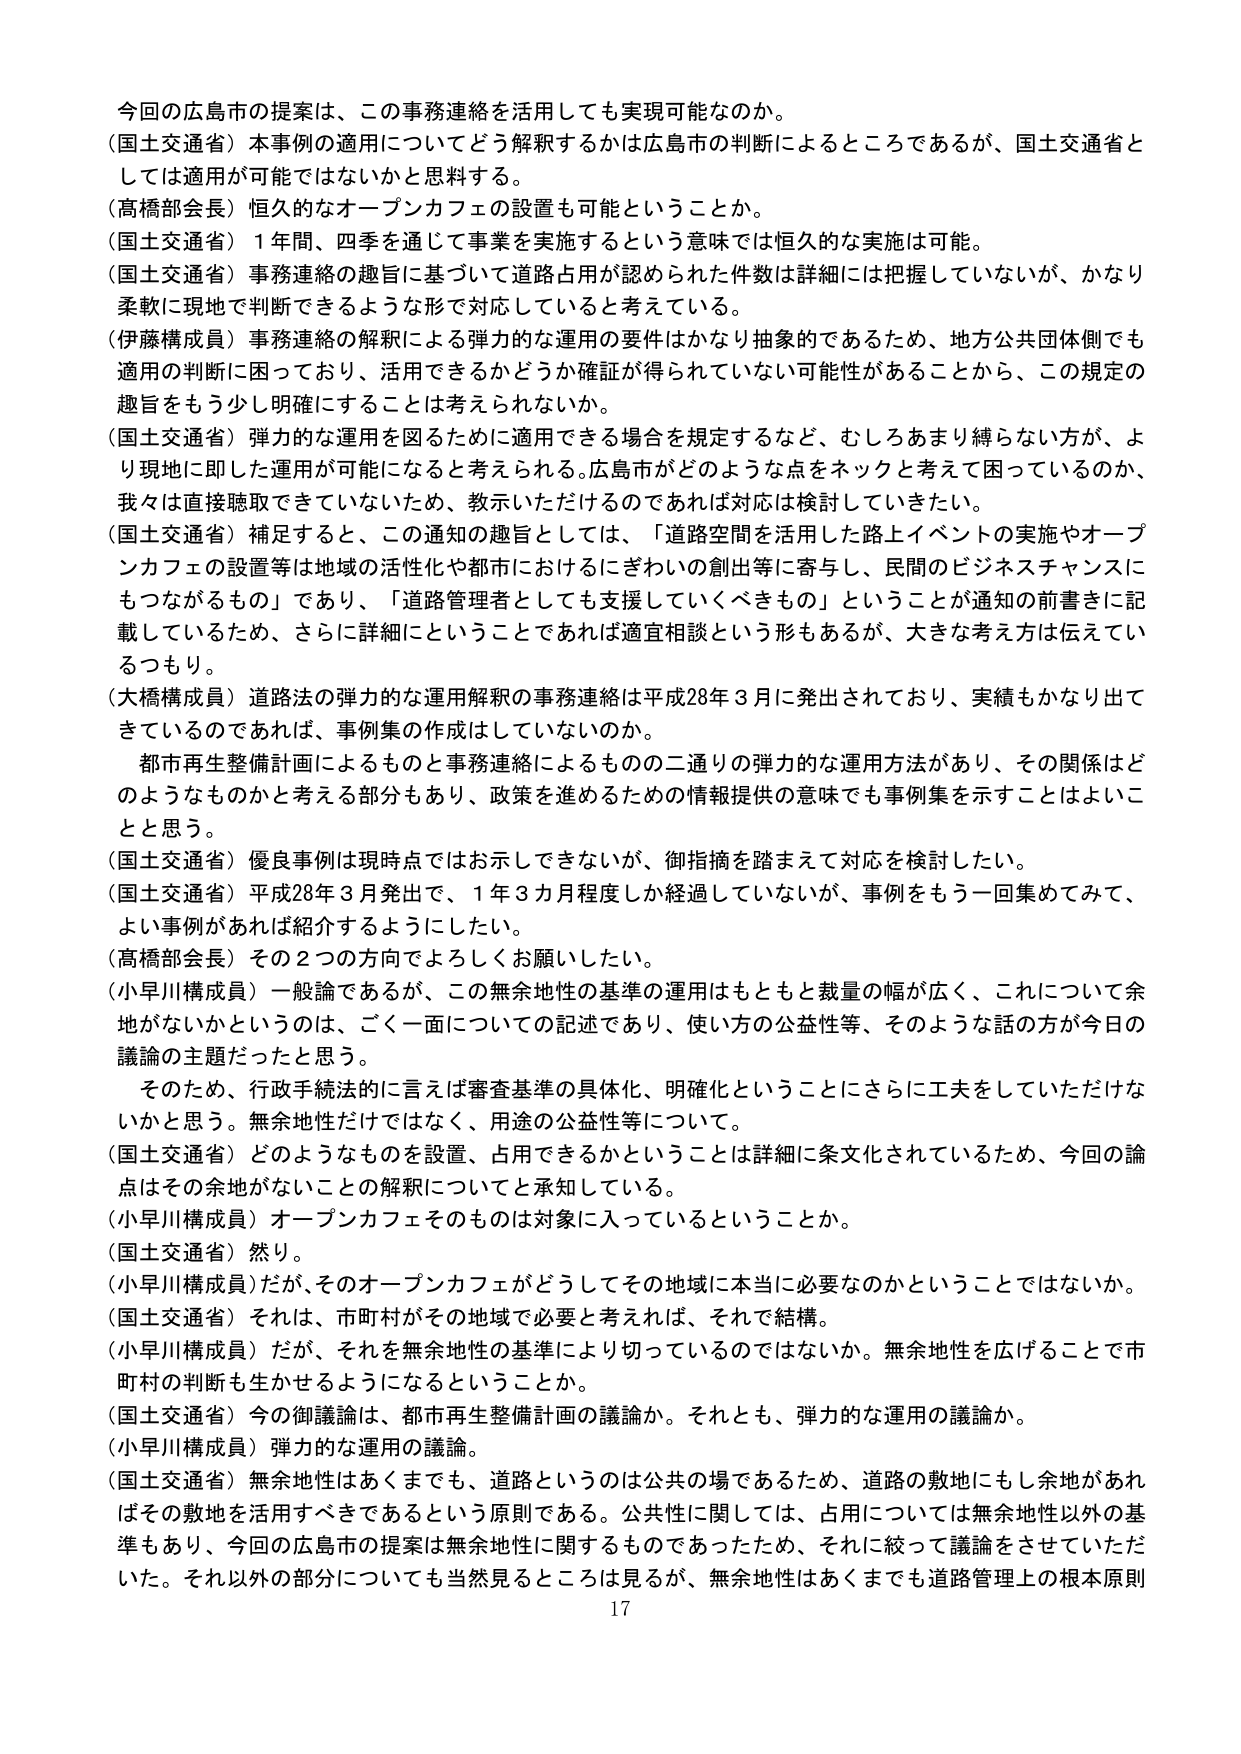
今回の広島市の提案は、この事務連絡を活用しても実現可能なのか。

（国土交通省）本事例の適用についてどう解釈するかは広島市の判断によるところであるが、国土交通省としては適用が可能ではないかと思料する。

（高橋部会長）恒久的なオープンカフェの設置も可能ということか。

（国土交通省）1年間、四季を通じて事業を実施するという意味では恒久的な実施は可能。

（国土交通省）事務連絡の趣旨に基づいて道路占用が認められた件数は詳細には把握していないが、かなり柔軟に現地で判断できるような形で対応していると考えている。

（伊藤構成員）事務連絡の解釈による弾力的な運用の要件はかなり抽象的であるため、地方公共団体側でも適用の判断に困っており、活用できるかどうか確認が得られていない可能性があることから、この規定の趣旨をもう少し明確にすることは考えられないか。

（国土交通省）弾力的な運用を図るために適用できる場合を規定するなど、むしろあまり縛らない方が、より現地に即した運用が可能になると考えられる。広島市がどのような点をネックと考えて困っているのか、我々は直接聴取できていないため、教示いただけるのであれば対応は検討していきたい。

（国土交通省）補足すると、この通知の趣旨としては、「道路空間を活用した路上イベントの実施やオープンカフェの設置等は地域の活性化や都市におけるにぎわいの創出等に寄与し、民間のビジネスチャンスにもつながるもの」であり、「道路管理者としても支援していくべきもの」ということが通知の前書きに記載しているため、さらに詳細にということであれば適宜相談という形もあるが、大きな考え方は伝えてい るつもり。

（大橋構成員）道路法の弾力的な運用解釈の事務連絡は平成28年3月に発出されており、実績もかなり出てきているのであれば、事例集の作成はしていないのか。

都市再生整備計画によるものと事務連絡によるものの二通りの弾力的な運用方法があり、その関係はどのようなものかと考える部分もあり、政策を進めるための情報提供の意味でも事例集を示すことはよいことと思う。

（国土交通省）優良事例は現時点ではお示しできないが、御指摘を踏まえて対応を検討したい。

（国土交通省）平成28年3月発出で、1年3カ月程度しか経過していないが、事例をもう一回集めてみて、よい事例があれば紹介するようにしたい。

（高橋部会長）その2つの方向でよろしくお願いしたい。

（小早川構成員）一般論であるが、この無余地性の基準の運用はもともと裁量の幅が広く、これについて余地がないかというのは、ごく一面についての記述であり、使い方の公益性等、そのような話の方が今日の議論の主題だったと思う。

そのため、行政手続法的に言えば審査基準の具体化、明確化ということにさらに工夫をしていただけないかと思う。無余地性だけではなく、用途の公益性等について。

（国土交通省）どのようなものを設置、占用できるかということは詳細に条文化されているため、今回の論点はその余地がないことの解釈についてと承知している。

（小早川構成員）オープンカフェそのものは対象に入っているということか。

（国土交通省）然り。

（小早川構成員）だが、そのオープンカフェがどうしてその地域に本当に必要なのかということではないか。

（国土交通省）それは、市町村がその地域で必要と考えれば、それで結構。

（小早川構成員）だが、それを無余地性の基準により切っているのではないか。無余地性を広げることで市町村の判断も生かせるようになるということか。

（国土交通省）今の御議論は、都市再生整備計画の議論か。それとも、弾力的な運用の議論か。

（小早川構成員）弾力的な運用の議論。

（国土交通省）無余地性はあくまでも、道路というのは公共の場であるため、道路の敷地にもし余地があればその敷地を活用すべきであるという原則である。公共性に関しては、占用については無余地性以外の基準もあり、今回の広島市の提案は無余地性に関するものであったため、それに絞って議論をさせていただいた。それ以外の部分についても当然見るところは見るが、無余地性はあくまでも道路管理上の根本原則

17